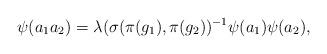
LaTeX: \begin{align*}\psi(a_1a_2)=\lambda(\sigma(\pi(g_1),\pi(g_2))^{-1}\psi(a_1)\psi(a_2),\end{align*}